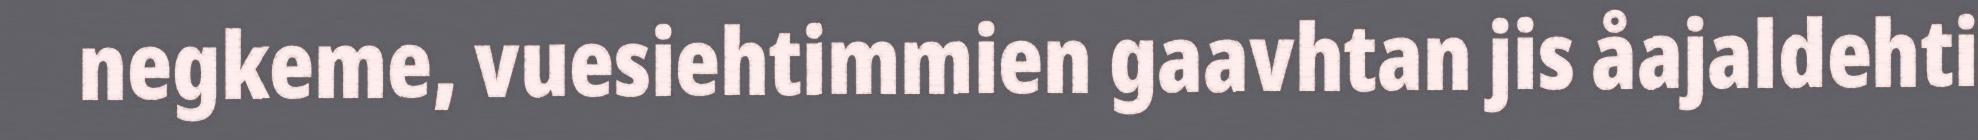
negkeme, vuesiehtimmien gaavhtan jis åajaldehti